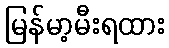
မြန်မာ့မီးရထား